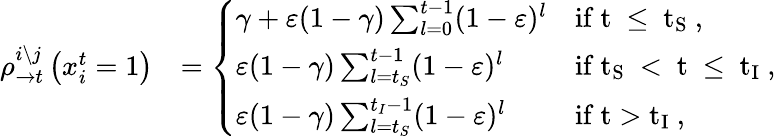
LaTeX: \begin{array}{rl}{\rho_{\rightarrow t}^{i\setminus j}\left(x_{i}^{t}=1\right)}&{=\left\{ \begin{array}{ll}{\gamma+\varepsilon(1-\gamma)\sum_{l=0}^{t-1}(1-\varepsilon)^{l}}&{\mathrm{if~t~\leq~t_S~},}\\ {\varepsilon(1-\gamma)\sum_{l=t_{S}}^{t-1}(1-\varepsilon)^{l}}&{\mathrm{if~t_S~<~t~\leq~t_I~},}\\ {\varepsilon(1-\gamma)\sum_{l=t_{S}}^{t_{I}-1}(1-\varepsilon)^{l}}&{\mathrm{if~t>t_I~},}\end{array}\right.}\end{array}